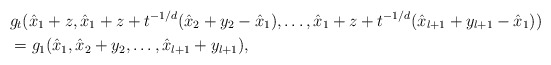
\begin{align*}& g_t(\hat{x}_1+z,\hat{x}_1+z+t^{-1/d}(\hat{x}_2+y_2-\hat{x}_1),\hdots,\hat{x}_1+z+t^{-1/d}(\hat{x}_{l+1}+y_{l+1}-\hat{x}_1))\\& =g_1(\hat{x}_1,\hat{x}_2+y_2,\hdots,\hat{x}_{l+1}+y_{l+1}),\end{align*}